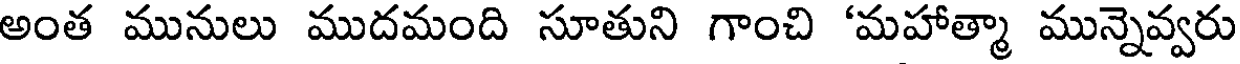
అంత మునులు ముదమంది సూతుని గాంచి 'మహాత్మా మున్నెవ్వరు